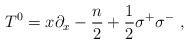
\begin{align*}T^0 = x \partial_x - {n \over 2} +{1 \over 2} \sigma^+\sigma^-\ ,\end{align*}